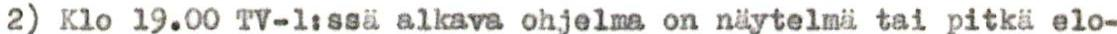
2) Klo 19.00 TV-1:ssä alkava ohjelma on näytelmä tai pitkä elo-